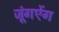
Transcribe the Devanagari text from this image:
जूंगऐंग